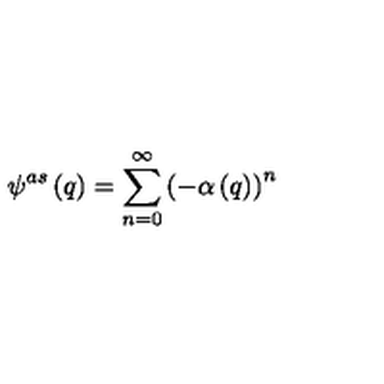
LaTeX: \psi ^ { a s } \left( q \right) = \sum _ { n = 0 } ^ { \infty } \left( - \alpha \left( q \right) \right) ^ { n }